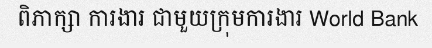
ពិភាក្សា ការងារ ជាមួយក្រុមការងារ World Bank